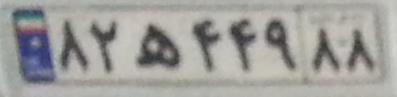
۸۲ه۴۴۹۸۸